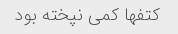
کتفها کمی نپخته بود